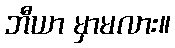
ဘီယာ မှာမလား။